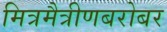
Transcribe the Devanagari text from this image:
मित्रमैत्रीणबरोबर